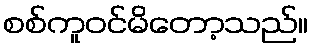
စစ်ကူဝင်မိတော့သည်။